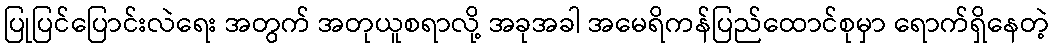
ပြုပြင်ပြောင်းလဲရေး အတွက် အတုယူစရာလို့ အခုအခါ အမေရိကန်ပြည်ထောင်စုမှာ ရောက်ရှိနေတဲ့